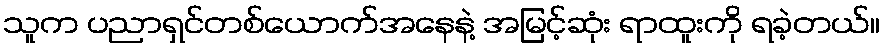
သူက ပညာရှင်တစ်ယောက်အနေနဲ့ အမြင့်ဆုံး ရာထူးကို ရခဲ့တယ်။